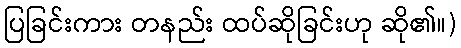
ပြခြင်းကား တနည်း ထပ်ဆိုခြင်းဟု ဆို၏။)